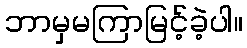
ဘာမှမကြာမြင့်ခဲ့ပါ။